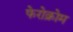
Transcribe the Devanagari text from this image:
फेरोक्रोम